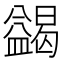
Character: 𭾓